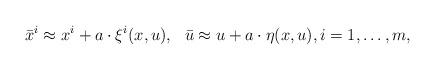
LaTeX: \begin{align*}\bar{x}^i \approx x^i + a \cdot \xi^i(x,u), \ \ \bar{u} \approx u + a \cdot \eta(x,u), i = 1, \ldots, m,\end{align*}